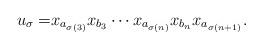
LaTeX: \begin{align*}u_{\sigma}= & x_{a_{\sigma(3)}}x_{b_{3}}\cdots x_{a_{\sigma(n)}}x_{b_{n}}x_{a_{\sigma(n+1)}}.\end{align*}